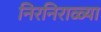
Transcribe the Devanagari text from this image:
निरनिराळ्या